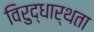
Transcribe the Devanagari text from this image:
विरुद्धार्थता